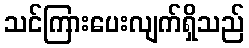
သင်ကြားပေးလျက်ရှိသည်